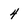
Character: 4